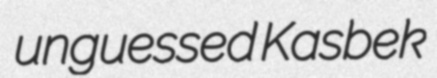
unguessed Kasbek